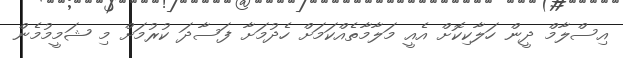
އިސްލާމް ދީން ހަލާކިކޮށް އެއީ މަލާމާތެއްކަމަށް ހެދުމަށާ ފަސާދަ ކުރުމަށް މި ޝަމީމުމެން